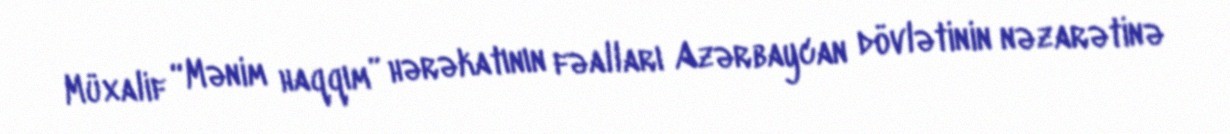
Müxalif “Mənim haqqım” hərəkatının fəalları Azərbaycan dövlətinin nəzarətinə